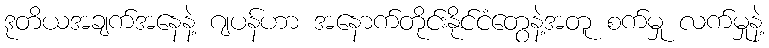
ဒုတိယအချက်အနေနဲ့ ဂျပန်ဟာ အနောက်တိုင်းနိုင်ငံတွေနဲ့အတူ စက်မှု လက်မှုနဲ့